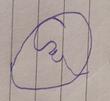
Signature authenticity: forged